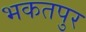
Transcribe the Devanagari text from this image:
भकतपुर